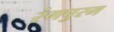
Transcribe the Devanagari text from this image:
रंगपुरम